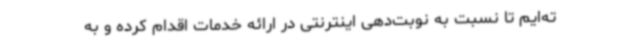
ته‌ایم تا نسبت به نوبت‌دهی اینترنتی در ارائه خدمات اقدام کرده و به